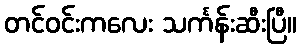
တင်ဝင်းကလေး သင်္ကန်းဆီးပြီ။